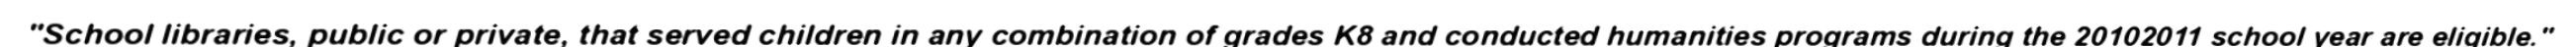
"School libraries, public or private, that served children in any combination of grades K8 and conducted humanities programs during the 20102011 school year are eligible."